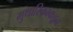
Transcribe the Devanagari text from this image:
मुथारिकाकडून